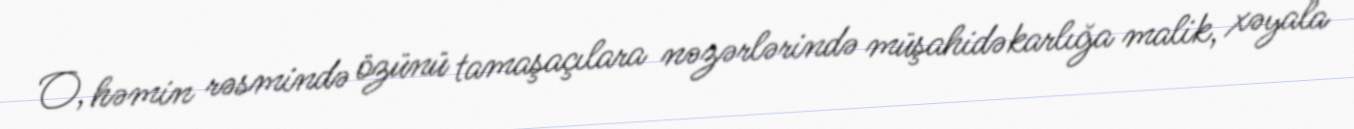
O, həmin rəsmində özünü tamaşaçılara nəzərlərində müşahidəkarlığa malik, xəyala